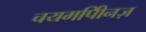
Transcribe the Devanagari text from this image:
चयमपीिनज़